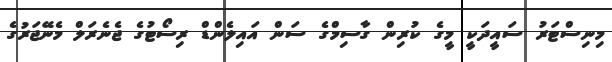
މިނިސްޓަރު ސައީދަކީ މީގެ ކުރިން ގާސިމްގެ ސަން އައިލެންޑް ރިސޯޓުގެ ޖެނެރަލް މެނޭޖަރުގެ